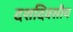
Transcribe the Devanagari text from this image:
दशदिवसीय